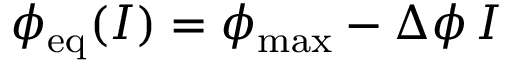
\phi _ { \mathrm { e q } } ( I ) = \phi _ { \mathrm { m a x } } - \Delta \phi \, I